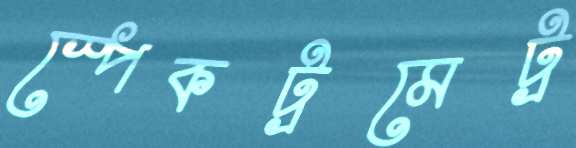
স্পেকট্রমেট্র